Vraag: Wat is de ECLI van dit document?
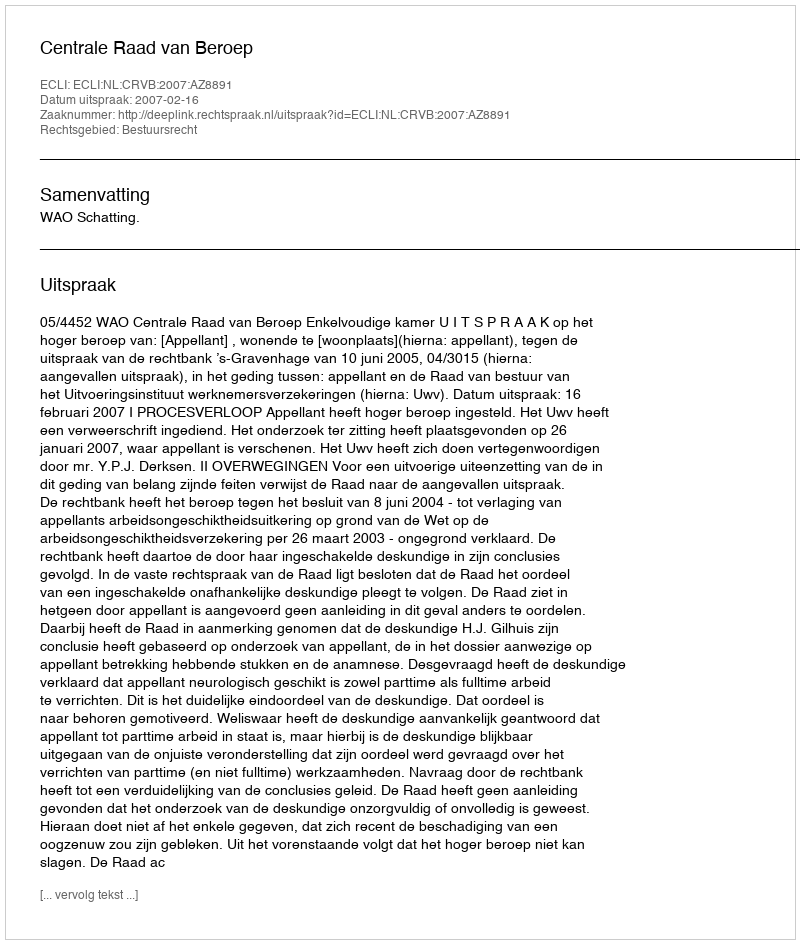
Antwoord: ECLI:NL:CRVB:2007:AZ8891